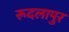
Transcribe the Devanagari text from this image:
रूदलापुर